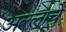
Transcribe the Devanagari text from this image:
अल्लाचे